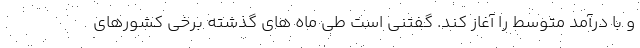
و با درآمد متوسط را آغاز کند. گفتنی است طی ماه های گذشته برخی کشورهای